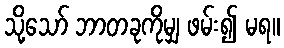
သို့သော် ဘာတခုကိုမျှ ဖမ်း၍ မရ။